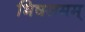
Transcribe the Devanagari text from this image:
भिषसमम्